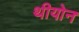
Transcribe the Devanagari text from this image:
थीयोन